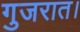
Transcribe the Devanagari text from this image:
गुजरात।